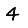
Digit: 4